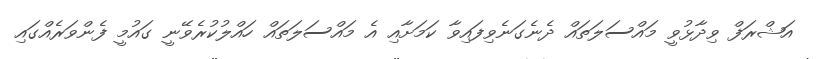
އަޝްރަފް ވިދާޅުވީ މައްސަލަތައް ދެނެގަނެވިފައިވާ ކަމަށާއި އެ މައްސަލަތައް ހައްލުކުރެވޭނީ ގައުމީ ފެންވަރެއްގައި